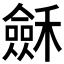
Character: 𥣂